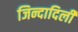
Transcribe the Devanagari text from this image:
जिन्दादिली